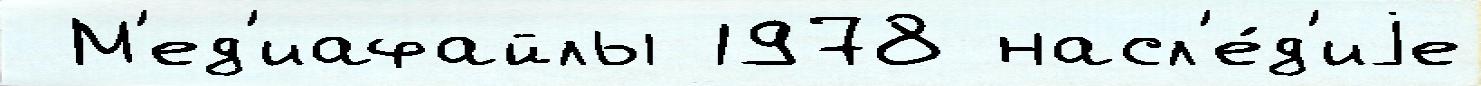
 М'ед'иафайлы 1978 насл'е́д'иjе